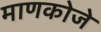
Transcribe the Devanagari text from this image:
माणकोजे